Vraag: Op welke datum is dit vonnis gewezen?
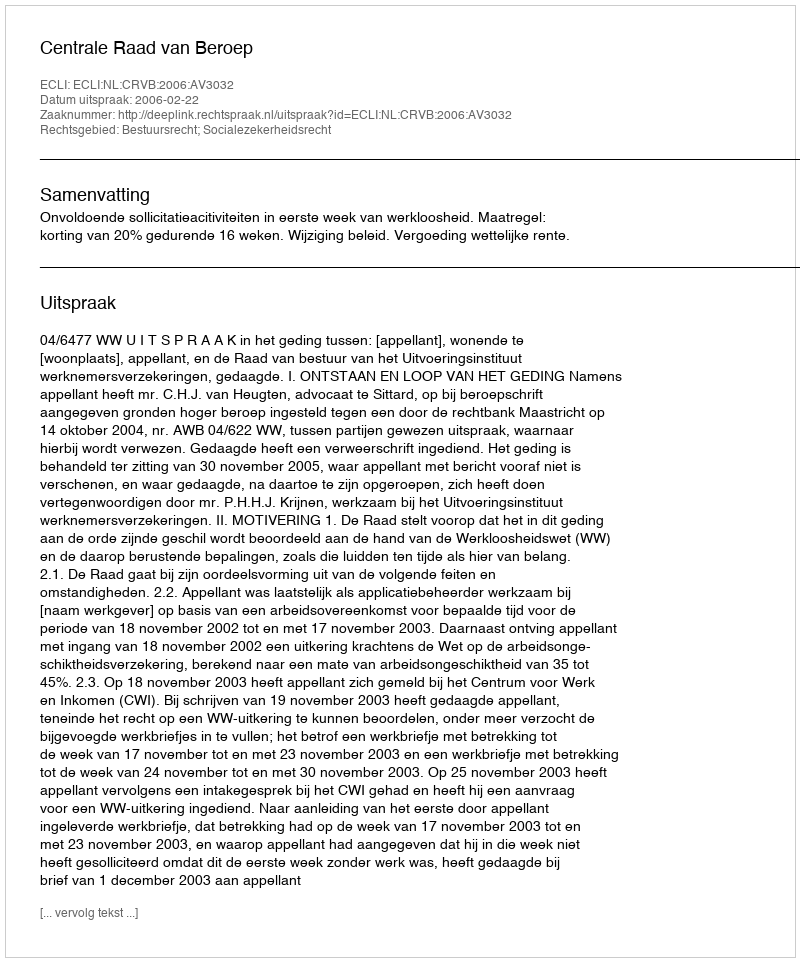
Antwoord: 2006-02-22